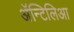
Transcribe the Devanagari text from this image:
अॅन्टिलिआ